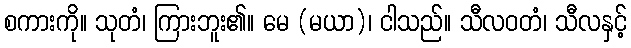
စကားကို။ သုတံ၊ ကြားဘူး၏။ မေ (မယာ)၊ ငါသည်။ သီလဝတံ၊ သီလနှင့်